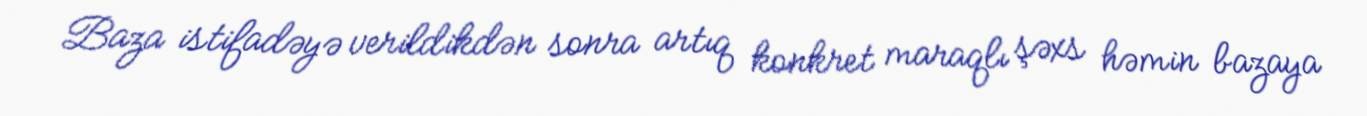
Baza istifadəyə verildikdən sonra artıq konkret maraqlı şəxs həmin bazaya